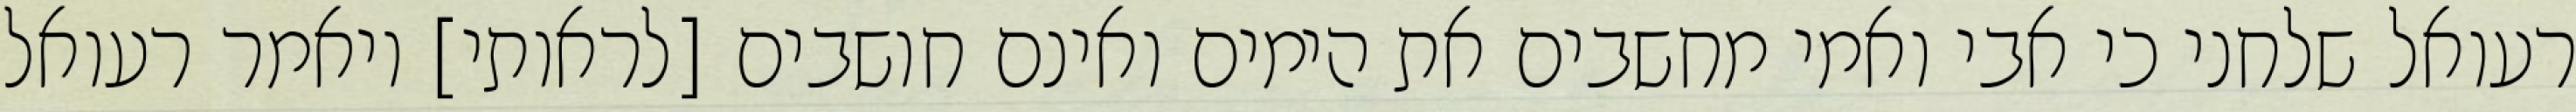
רעואל שלחני כי אבי ואמי מחשבים את הימים ואינם חושבים [לראותי] ויאמר רעואל